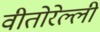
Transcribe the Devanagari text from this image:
वीतोरेल्ली